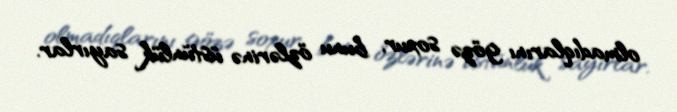
olmadıqlarını gözə soxur, bunu özlərinə üstünlük sayırlar.